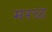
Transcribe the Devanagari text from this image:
मरळ